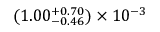
( 1 . 0 0 _ { - 0 . 4 6 } ^ { + 0 . 7 0 } ) \times 1 0 ^ { - 3 }